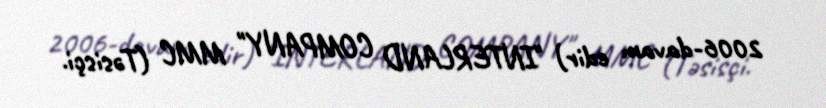
2006-davam edir) "INTERLAND COMPANY" MMC (Təsisçi.